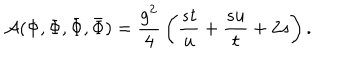
{ \cal A } ( \Phi , \Phi , { \bar { \Phi } } , { \bar { \Phi } } ) = { \frac { g ^ { 2 } } { 4 } } \left( { \frac { s t } { u } } + { \frac { s u } { t } } + 2 s \right) .